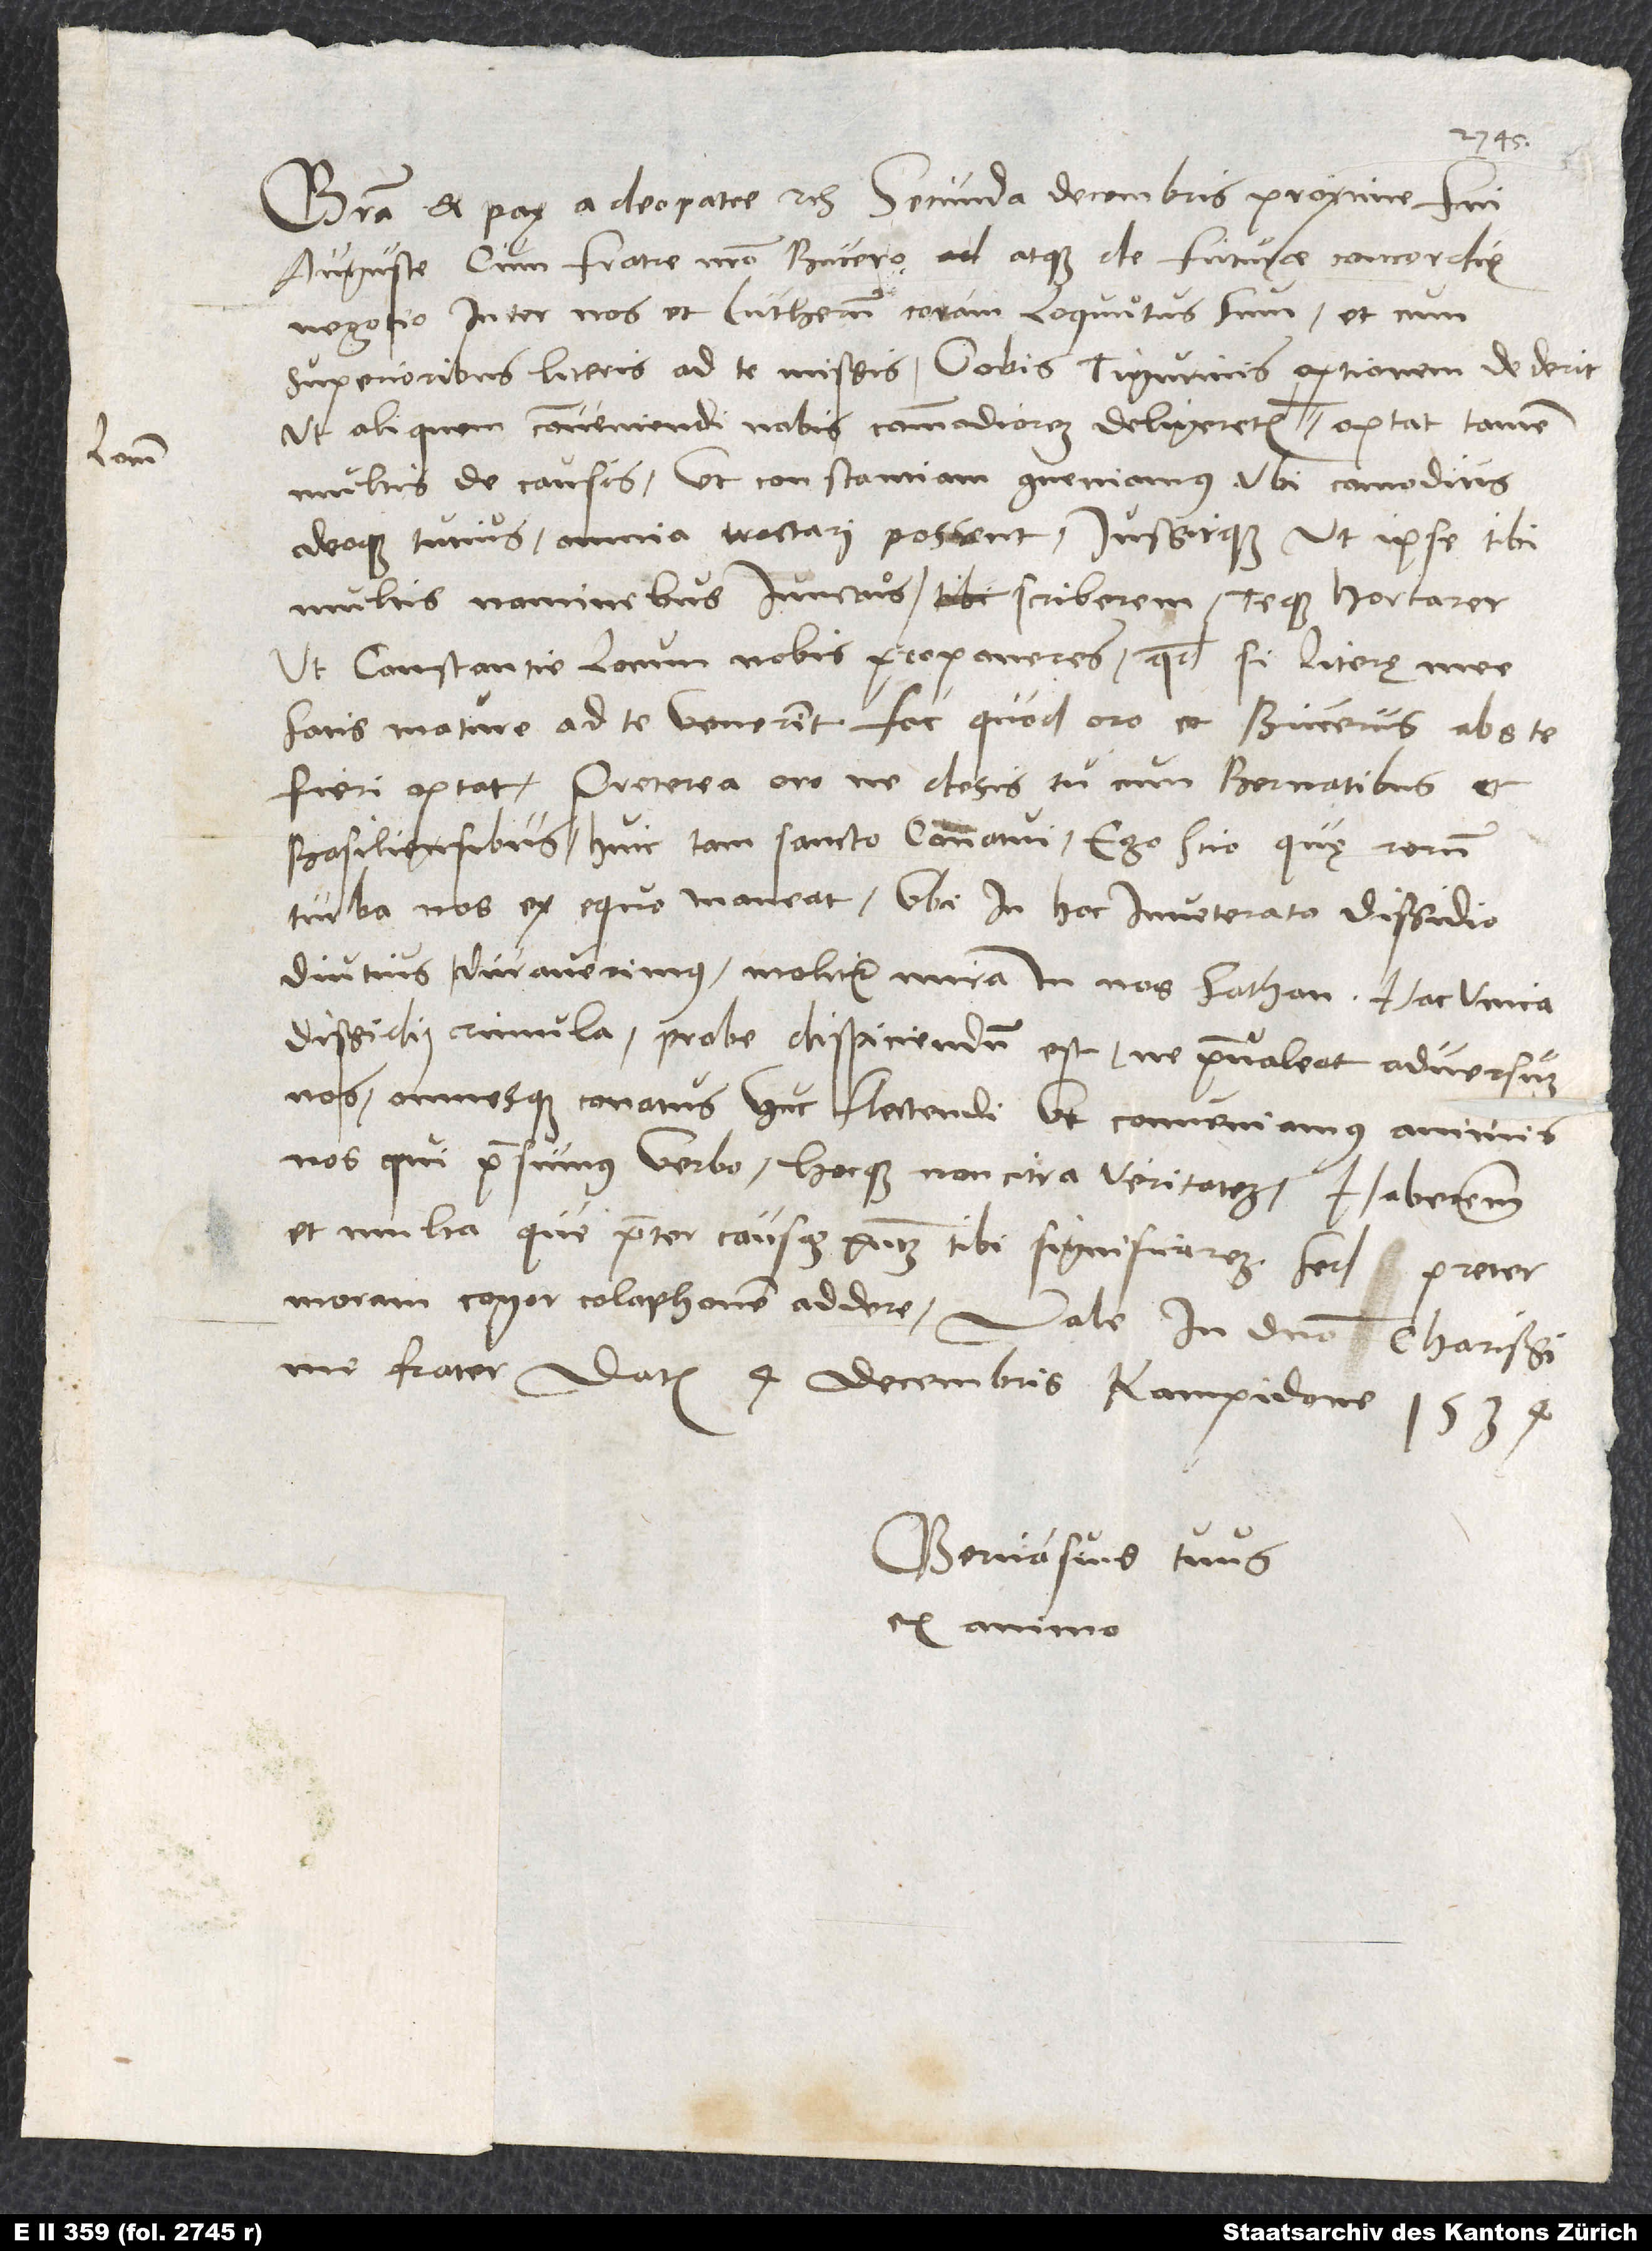
Gratia et pax a deo patre etc. Secunda decembris proxime fui
Auguste cum fratre nostro Bucero atque de future concordie
negotio inter nos et Lutherum coram loquutus sum, et cum
superioribus literis ad te missis vobis Tigurinis optionem dederit,
ut aliquem conveniendi nobis commodiorem deligeretis locum, optat tamen
multis de causis, ut Constantiam conveniamus, ubi commodius
adeoque tutius omnia tractari possent, iussitque, ut ipse tibi
multis nominibus iunctus scriberem teque hortarer,
ut Constantie locum nobis proponeres. Quodsi literę mee
satis mature ad te venerint, fac, quod oro et Bucerus abs te
fieri optat. Preterea oro, ne desis tu cum Bernatibus et
Basiliensibus huic tam sancto conventui. Ego scio, quę rerum
turba nos ex equo maneat, ubi in hoc inveterato dissidio
diutius duraverimus. Molitur mira in nos sathan. Hac unica
dissidii rimula probe dispiciendum est ne praevaleat adversum
nos, omnesque conatus huc flectendi, ut conveniamus animis
nos, qui praesumus verbo, hocque non citra veritatem. Haberem
et multa, que praeter causam praesentem tibi significarem, sed preter
moram cogor colophonem addere. Vale in domino, charissime
frater. Datum 4. decembris, Kampidone, 1534.
Gervasius tuus
ex animo.